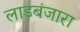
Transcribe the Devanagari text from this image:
लाडबंजारा